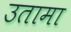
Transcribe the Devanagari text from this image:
उतामा